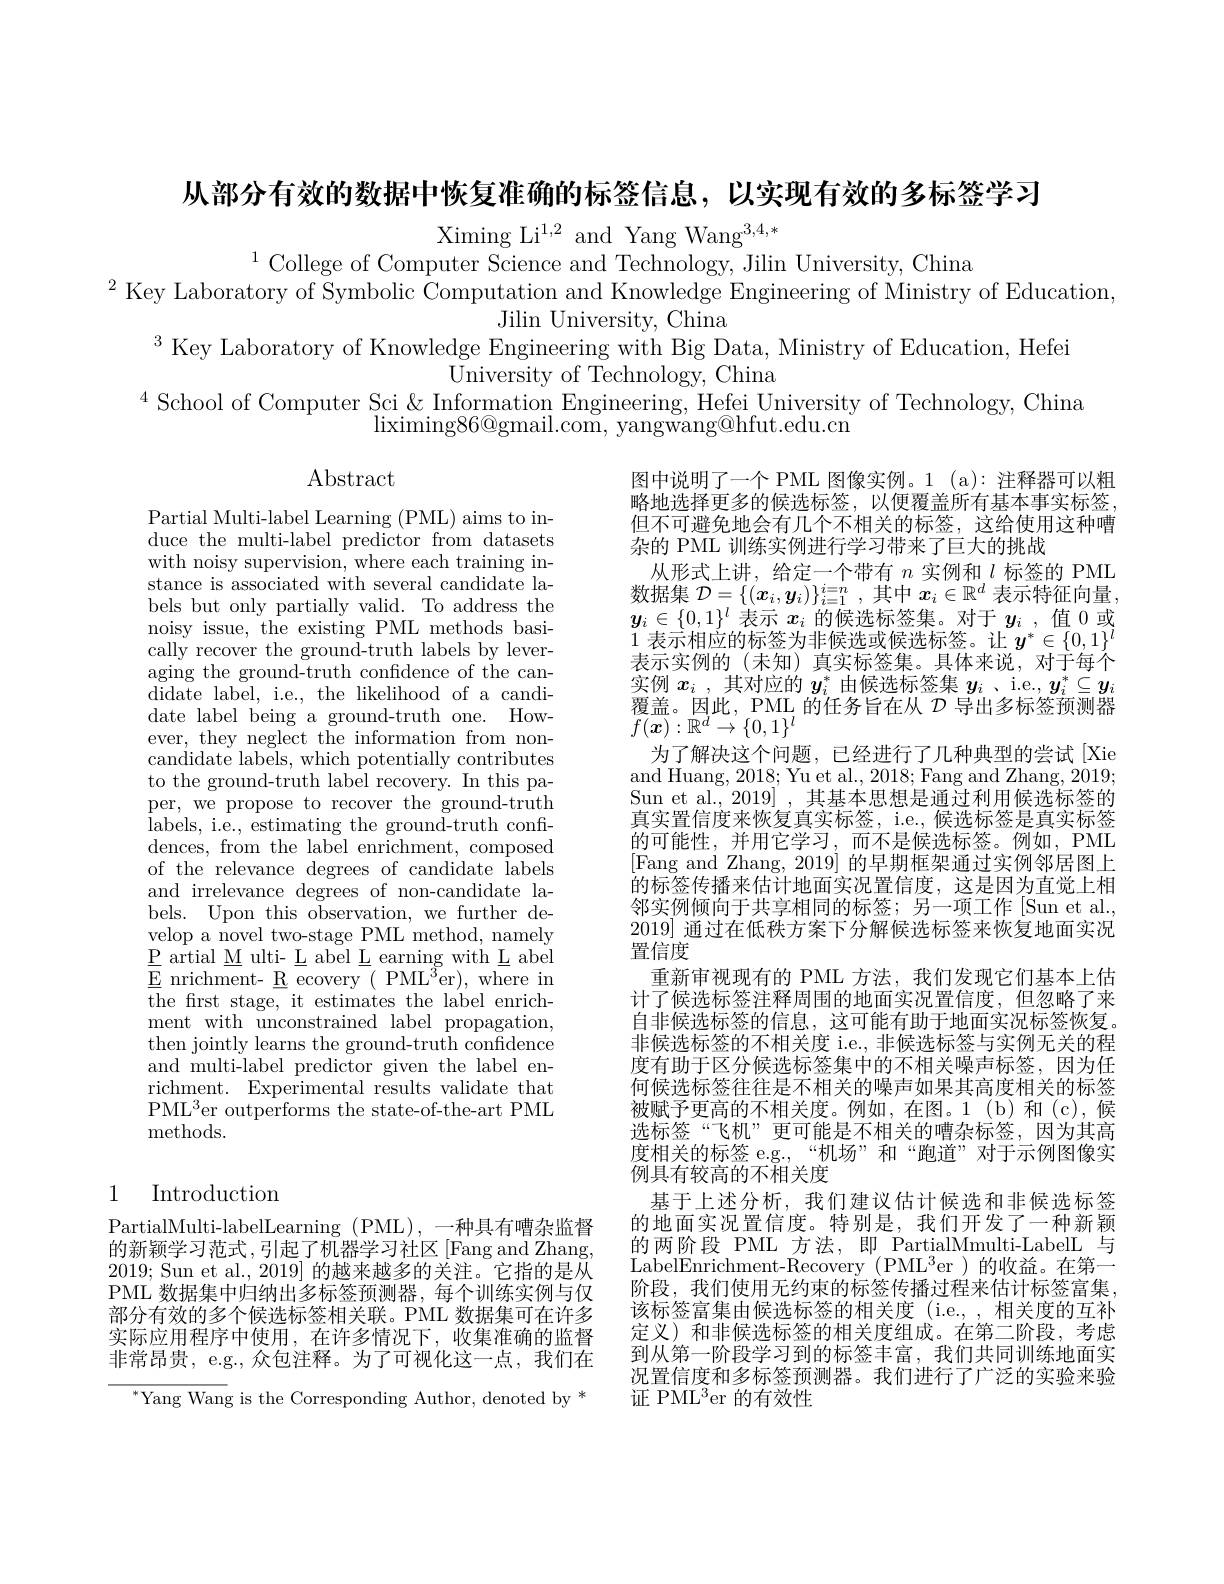
从部分有效的数据中恢复准确的标签信息，以实现有效的多标签学习

Ximing Li$^{1,2}$ and Yang Wang$^3,4,*$
$^{1}$College of Computer Science and Technology, Jilin University, China
$^{2}$ Key Laboratory of Symbolic Computation and Knowledge Engineering of Ministry of Education,
Jilin University, China
$^{3}$ Key Laboratory of Knowledge Engineering with Big Data, Ministry of Education, Hefei
University of Technology, China
$^{4}$ School of Computer Sci & Information Engineering, Hefei University of Technology, China
$\operatorname*{liximing86@gmail.com,~yangwang@hfut.edu.cn}$

Abstract

Partial Multi-label Learning (PML) aims to induce the multi-label predictor from datasets with noisy supervision, where each training instance is associated with several candidate labels but only partially valid. To address the noisy issue, the existing PML methods basically recover the ground-truth labels by leveraging the ground-truth confidence of the candidate label, i.e., the likelihood of a candidate label being a ground-truth one. However, they neglect the information from noncandidate labels, which potentially contributes to the ground-truth label recovery. In this paper, we propose to recover the ground-truth labels, i.e., estimating the ground-truth confi- ${\mathrm{dences,~from~the~label~enrichment,~composed}}$ of the relevance degrees of candidate labels and irrelevance degrees of non-candidate labels. Upon this observation, we further develop a novel two-stage PML method, namely $\underline{\mathrm{P}}$artial M ulti- L abel L earning with L abel $\underline{E}$ nrichment- R ecovery $(\mathrm{PML}^3$er),where in the frst stage, it estimates the label enrichment with unconstrained label propagation, then jointly learns the ground-truth confidence and multi-label predictor given the label enrichment. Experimental results validate that PML$^3$er outperforms the state-of-the-art PML methods.

图中说明了一个 PML 图像实例。1 (a): 注释器可以粗略地选择更多的候选标签，以便覆盖所有基本事实标签但不可避免地会有几个不相关的标签，这给使用这种嘈杂的 PML 训练实例进行学习带来了巨大的挑战
从形式上讲，给定一个带有$n$实例和$l$标签的 PML 数据集$\mathcal{D}=\{(\boldsymbol{x}_i,\boldsymbol{y}_i)\}_{i=1}^{i=n}$,其中$x_i\in\mathbb{R}^d$表示特征向量， $y_i\in\{0,1\}^l$表示$x_i$的候选标签集。对于$y_i$ ,值 0 或1表示相应的标签为非候选或候选标签。让$y^*\in\{0,1\}^l$ 表示实例的(未知)真实标签集。具体来说，对于每个实例$x_i$ ,其对应的$y_i^*$由候选标签集$y_i$ 、i.e., $y_i^*\subseteq y_i$ 覆盖。因此，PML 的任务旨在从$\mathcal{D}$导出多标签预测器$f(\boldsymbol{x}):\mathbb{R}^d\to\{0,1\}^l$
为了解决这个问题，已经进行了几种典型的尝试[Xie and Huang, 2018; Yu et al., 2018; Fang and Zhang, 2019; Sun et al., 2019] , 其基本思想是通过利用候选标签的真实置信度来恢复真实标签，i.e., 候选标签是真实标签的可能性，并用它学习，而不是候选标签。例如，PML [Fang and Zhang, 2019] 的早期框架通过实例邻居图上的标签传播来估计地面实况置信度，这是因为直觉上相邻实例倾向于共享相同的标签；另一项工作[Sun et al. 2019|通过在低秩方案下分解候选标签来恢复地面实况置信度
重新审视现有的 PML 方法，我们发现它们基本上估计了候选标签注释周围的地面实况置信度，但忽略了来自非候选标签的信息，这可能有助于地面实况标签恢复。非候选标签的不相关度 i.e., 非候选标签与实例无关的程度有助于区分候选标签集中的不相关噪声标签，因为任何候选标签往往是不相关的噪声如果其高度相关的标签被赋予更高的不相关度。例如，在图。1(b)和(c),候选标签“飞机”更可能是不相关的嘈杂标签，因为其高度相关的标签 e.g.,“机场”和“跑道”对于示例图像实例具有较高的不相关度
基于上述分析，我们建议估计候选和非候选标签的地面实况置信度。特别是，我们开发了一种新颖的两阶段 PML 方法，即 PartialMmulti-LabelL 与LabelEnrichment-Recovery (PML$^3$er )的收益。在第一阶段，我们使用无约束的标签传播过程来估计标签富集该标签富集由候选标签的相关度 (i.e., 相关度的互补定义)和非候选标签的相关度组成。在第二阶段，考虑到从第一阶段学习到的标签丰富，我们共同训练地面实况置信度和多标签预测器。我们进行了广泛的实验来验证 PML$^3$er 的有效性

## 1 Introduction

PartialMulti- labelLearning ( PML) , 一种具有嘈杂监督的新颖学习范式，引起了机器学习社区[Fang and Zhang, 2019; Sun et al., 2019] 的越来越多的关注。它指的是从PML 数据集中归纳出多标签预测器，每个训练实例与仅部分有效的多个候选标签相关联。PML 数据集可在许多实际应用程序中使用，在许多情况下，收集准确的监督非常昂贵，e.g., 众包注释。为了可视化这一点，我们在

$^{*}$Yang Wang is the Corresponding Author, denoted by *